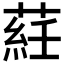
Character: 𦷺